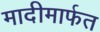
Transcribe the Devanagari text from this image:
मादीमार्फत